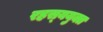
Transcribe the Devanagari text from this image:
रहस्‍ययुक्त